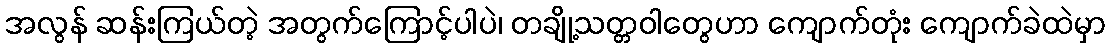
အလွန် ဆန်းကြယ်တဲ့ အတွက်ကြောင့်ပါပဲ၊ တချို့သတ္တဝါတွေဟာ ကျောက်တုံး ကျောက်ခဲထဲမှာ